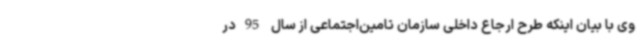
وی با بیان اینکه طرح ارجاع داخلی سازمان تامین‌اجتماعی از سال 95در